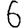
Digit: 6